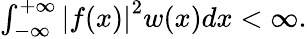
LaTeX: \begin{array}{r}{\int_{-\infty}^{+\infty}{\lvert f(x)\rvert}^{2}w(x)dx<\infty.}\end{array}